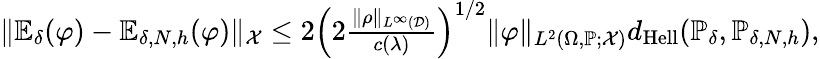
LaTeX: \begin{array}{r}{\| \mathbb{E}_{\delta}(\varphi)-\mathbb{E}_{\delta,N,h}(\varphi)\| _{\mathcal{X}}\le 2\left(2\frac{\| \rho\| _{L^{\infty}(\mathcal{D})}}{c(\lambda)}\right)^{1/2}\| \varphi\| _{L^{2}(\Omega,\mathbb{P};\mathcal{X})}d_{\mathrm{Hell}}(\mathbb{P}_{\delta},\mathbb{P}_{\delta,N,h}),}\end{array}